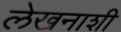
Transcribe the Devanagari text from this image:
लेखनाशी